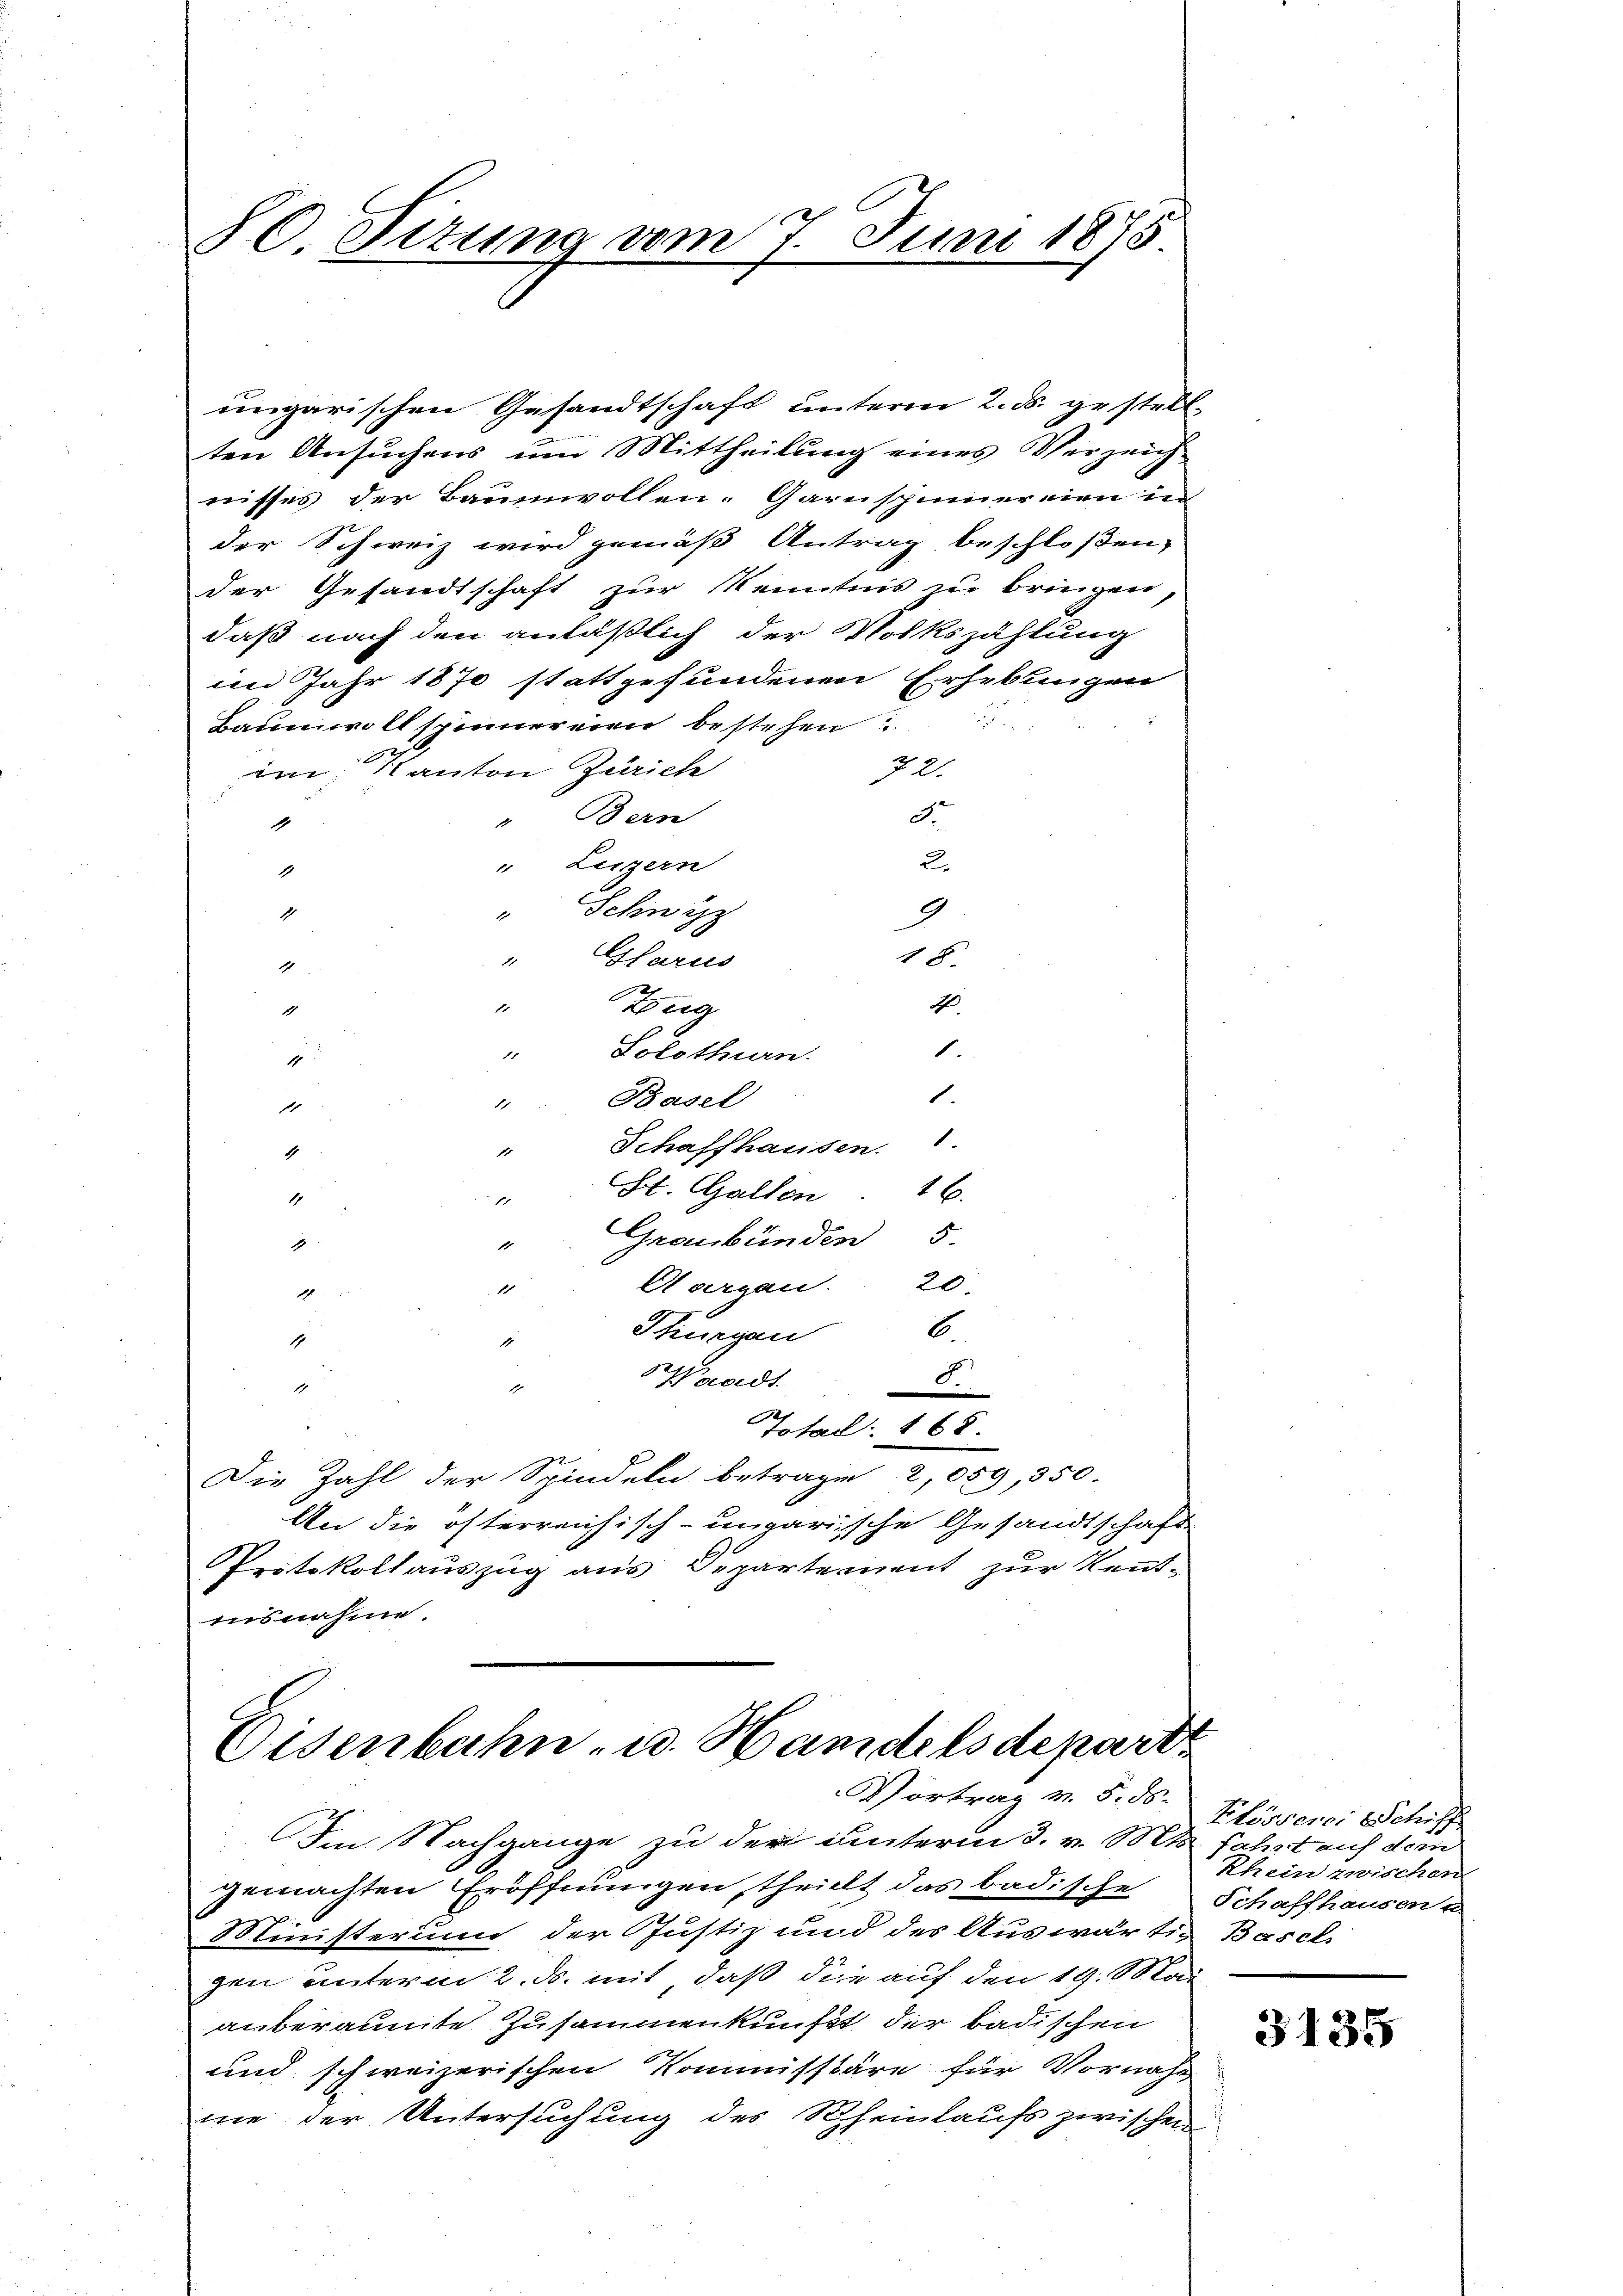
50. Sitzung vom 7. Juni 1875

ungarischen Gesandtschaft unteren 2. ds. gestell
ten Ansuchens um Mittheilung eines Verzeich
wisses der Baumwollen, Garnspinnereien in
der Schweiz wird gemäß Antrag beschloßen,
der Gesandtschaft zur Kenntnis zu bringen,
daß nach den anläßlich der Volkszählung
im Jahr 1870 stattgefundenen Erhebungen
Baumwollspinnereien bestehen.
72
im Kanton Zürich
d
v. Bern
81
2.
" Luzern
1
" Schwyz
1
" Glarus
1
Tug
17
1
1
Solothurn.
1
1
Basel
1
1
Schaffhausen.
1
1
St. Gallen
16.
1
1
Graubünden 5.
1
1
Aargau. 20.
1
1.
Thurgan
6.
1
1
Waadt.
F.
1
1
Total: 168.
Die Zahl der Spindeln betrage 2,059, 350.
An die österreichisch-ungarische Gesandtschaft
Protokollauszug aus Departement zur Kenntausnahme.

9
18.
2
1.

Eisenbahn, u. Handelsdepart
Vortrag v. 5. ds.
Im Nachgange zu der unterm 3. v. Mts. Fahrt auf dem

Blösserer Schiff
Rhein zwischen

gemachten Eröffnungen, theilt das badische Schaffhausen u
Ministerium der Justiz und des Auswärtig Basel
gen unterm 2. ds. mit, daß die auf den 19. Son
anberaumte Zusammenkunft der badischen
und schweizerischen Kommisstäre für Vornahm
me der Untersuchung des Rheinlaufs zwischen

3135